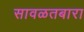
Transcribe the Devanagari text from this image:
सावळतबारा